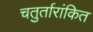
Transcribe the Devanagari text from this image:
चतुर्तारांकित